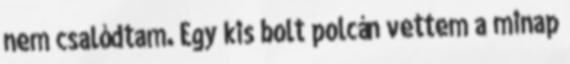
nem csalódtam. Egy kis bolt polcán vettem a minap